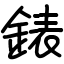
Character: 錶